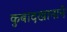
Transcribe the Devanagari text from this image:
कुबादखानाने